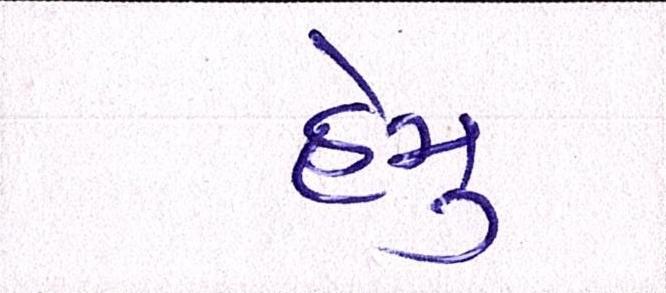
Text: હેમુ